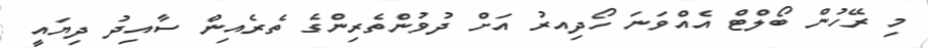
މި ރޭހުން ބޯލްޓް އެއްވަނަ ހޯދިއރު އަށް ދުވުންތެރިންގެ ތެރެއިން ސާއިދު ދިޔައީ